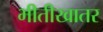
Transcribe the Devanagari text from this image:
भीतीखातर